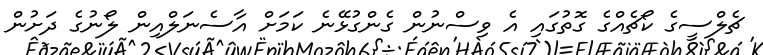
ޗެލްސީގެ ކޯޗެއްގެ ގޮތުގައި އެ ވިސްނުން ގެންގުޅޭނެ ކަމަށް އާސެނަލްއިން ލޯނުގެ ދަށުން